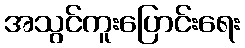
အသွင်ကူးပြောင်းရေး